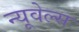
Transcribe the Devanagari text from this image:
न्यूवेल्स